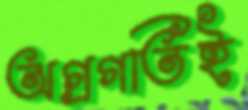
অগ্রগতিই